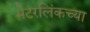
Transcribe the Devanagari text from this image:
मेटरलिंकच्या